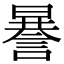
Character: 謈